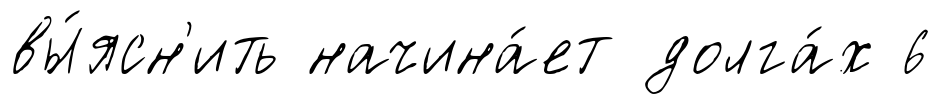
вы́ясн'ить начина́ет долга́х 6